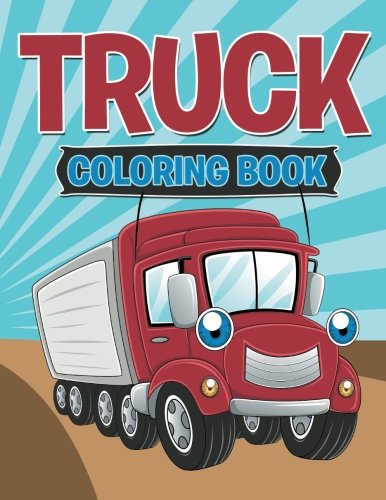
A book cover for Truck Coloring Book; Speedy Publishing LLC; Children's Books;